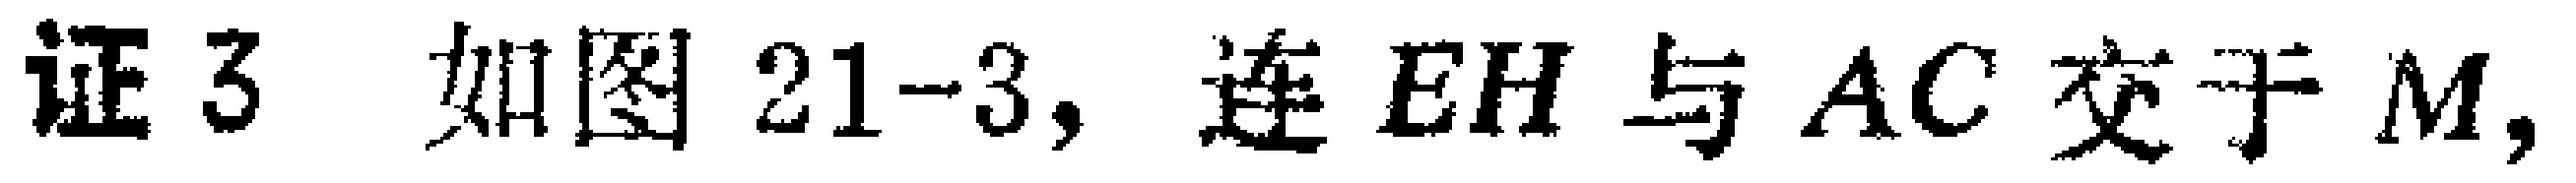
证3 如图21-3, 连 \(EH\) 与 \(AC\) 交于 \(M\),